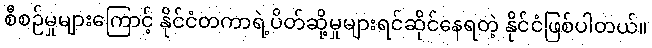
စီစဉ်မှုများကြောင့် နိုင်ငံတကာရဲ့ပိတ်ဆို့မှုများရင်ဆိုင်နေရတဲ့ နိုင်ငံဖြစ်ပါတယ်။